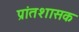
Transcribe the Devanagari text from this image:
प्रांतशासक